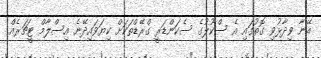
އޭނާ ވިދާޅުވި ގޮތުގައި އެ ސްކޫލުގެ ސެކަންޑަރީ ގްރޭޑްތަކަށް ކިޔަވައިދޭނެ އިސްލާމް ޓީޗަރެއް